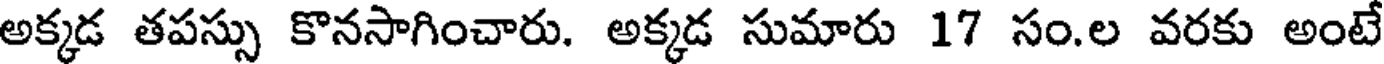
అక్కడ తపస్సు కొనసాగించారు. అక్కడ సుమారు 17 సం.ల వరకు అంటే